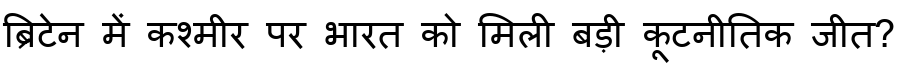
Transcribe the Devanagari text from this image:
ब्रिटेन में कश्मीर पर भारत को मिली बड़ी कूटनीतिक जीत?